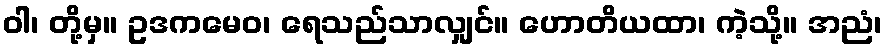
ဝါ၊ တို့မှ။ ဥဒကမေဝ၊ ရေသည်သာလျှင်။ ဟောတိယထာ၊ ကဲ့သို့။ အညံ၊